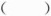
()